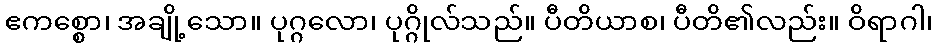
ဧကစ္စော၊ အချို့သော။ ပုဂ္ဂလော၊ ပုဂ္ဂိုလ်သည်။ ပီတိယာစ၊ ပီတိ၏လည်း။ ဝိရာဂါ၊